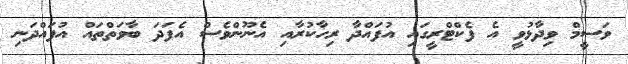
ވަސީމް ވިދާޅުވީ އެ ފެކްޓްރީގައި އުފައްދާ ރިހާކުރާއި އެނޫންވެސް އެފަދަ ބާވަތްތައް އުފައްދަނި